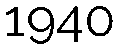
1940